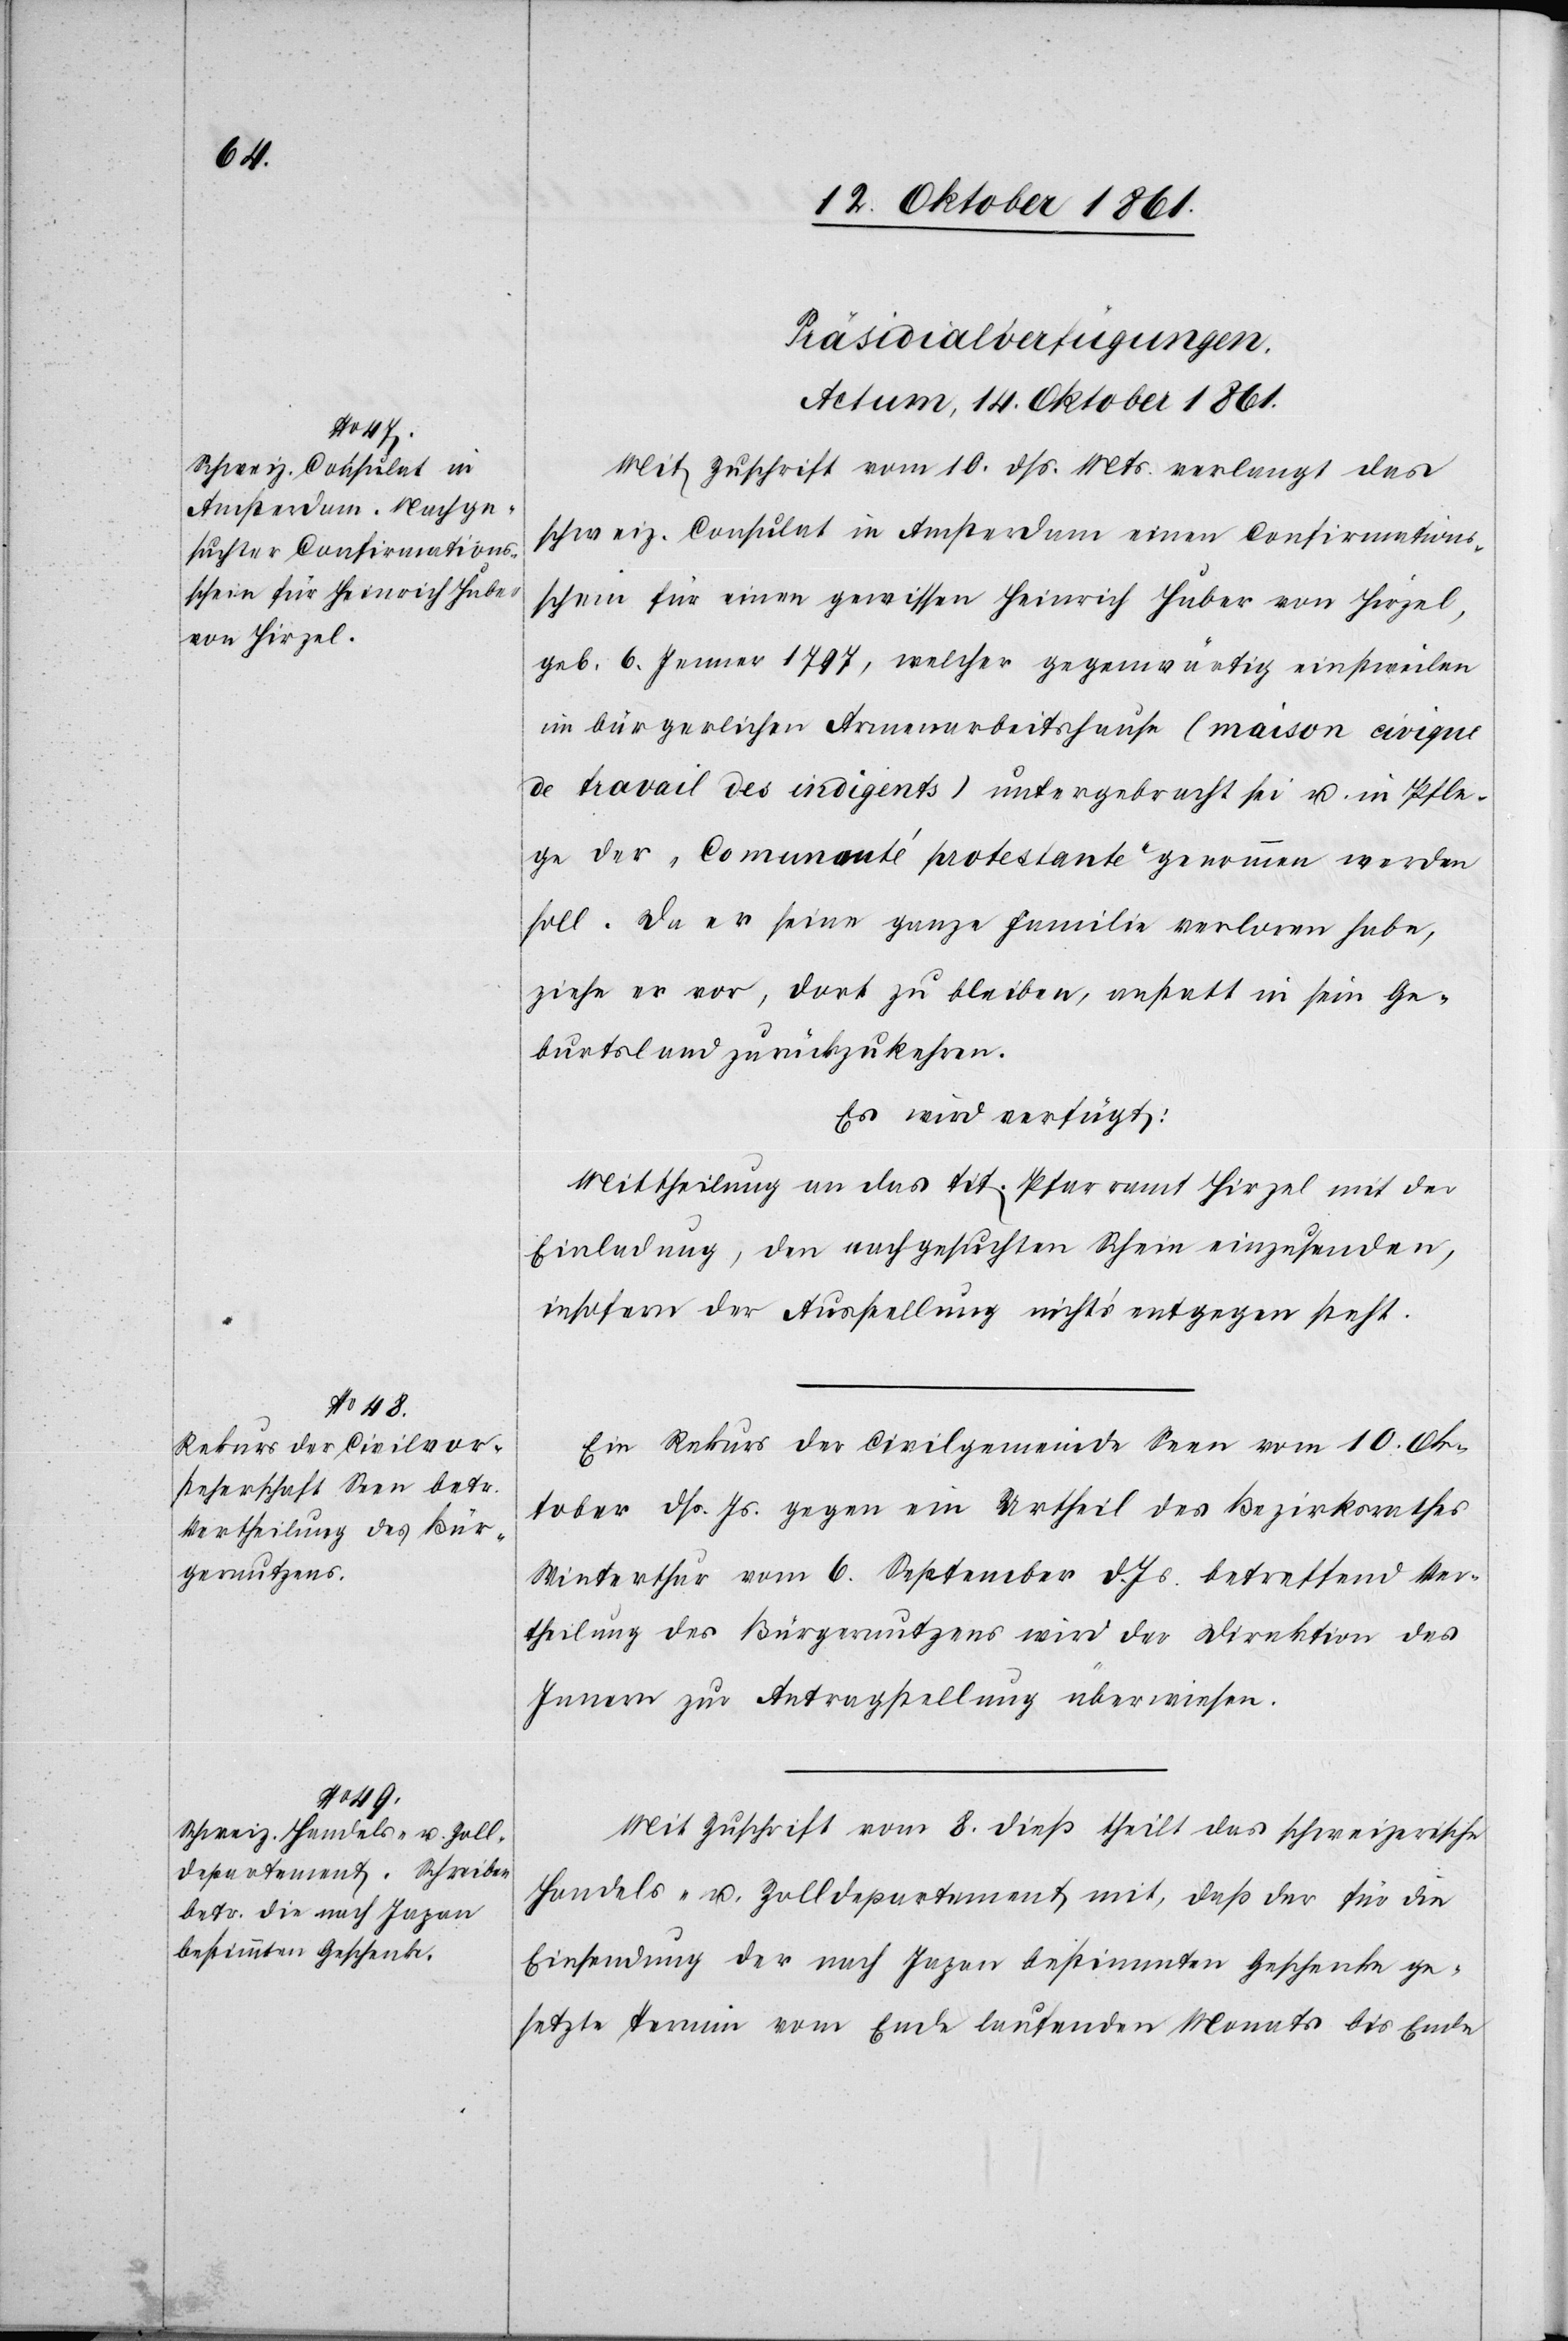
[Präsidial-Verfügungen
Actum 14 Oktober 1861.]
Mit Zuschrift vom 10 dß. Mts. verlangt das
schweiz. Consulat in Amsterdam einen Confirmations¬
schein für einen gewissen Heinrich Huber in Hirzel,
geb. 6 Jenner 1797, welcher gegenwärtig einstweilen
im bürgerlichen Armenarbeitshause (maison civique
de travail des indigents) untergebracht sei u. in Pfle¬
ge der „Comunanté protestante“ genommen werden
soll. Da er seine ganze Familie verloren habe,
ziehe er vor, dort zu bleiben, anstatt in sein Ge¬
burtsland zurückzukehren.
Es wird verfügt:
Mittheilung an das Tit. Pfarramt Hirzel mit der
Einladung, den nachgesuchten Schein einzusenden,
insofern der Ausstellung nichts entgegen steht.
Ein Rekurs der Civilgemeinde Seen vom 10 Ok¬
tober dß. Js. gegen ein Urtheil des Bezirksrathes
Winterthur vom 6 Dezember d. Js. betreffend Ver¬
theilung des Bürgernutzens wird der Direktion des
Innern zur Antragstellung überwiesen.
Mit Zuschrift vom 8 dieß theilt das schweizerische
Handels- u. Zolldepartement mit, daß der für die
Einsendung der nach Japan bestimmten Geschenke ge¬
setzte Termin vom Ende laufenden Monats bis Ende